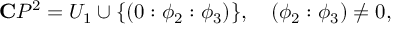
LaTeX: { \bf C } P ^ { 2 } = U _ { 1 } \cup \{ ( 0 : \phi _ { 2 } : \phi _ { 3 } ) \} , \quad ( \phi _ { 2 } : \phi _ { 3 } ) \not = 0 ,